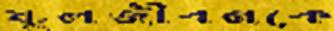
স্কুলজীবনকে